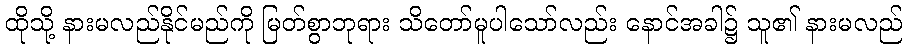
ထိုသို့ နားမလည်နိုင်မည်ကို မြတ်စွာဘုရား သိတော်မူပါသော်လည်း နောင်အခါ၌ သူ၏ နားမလည်